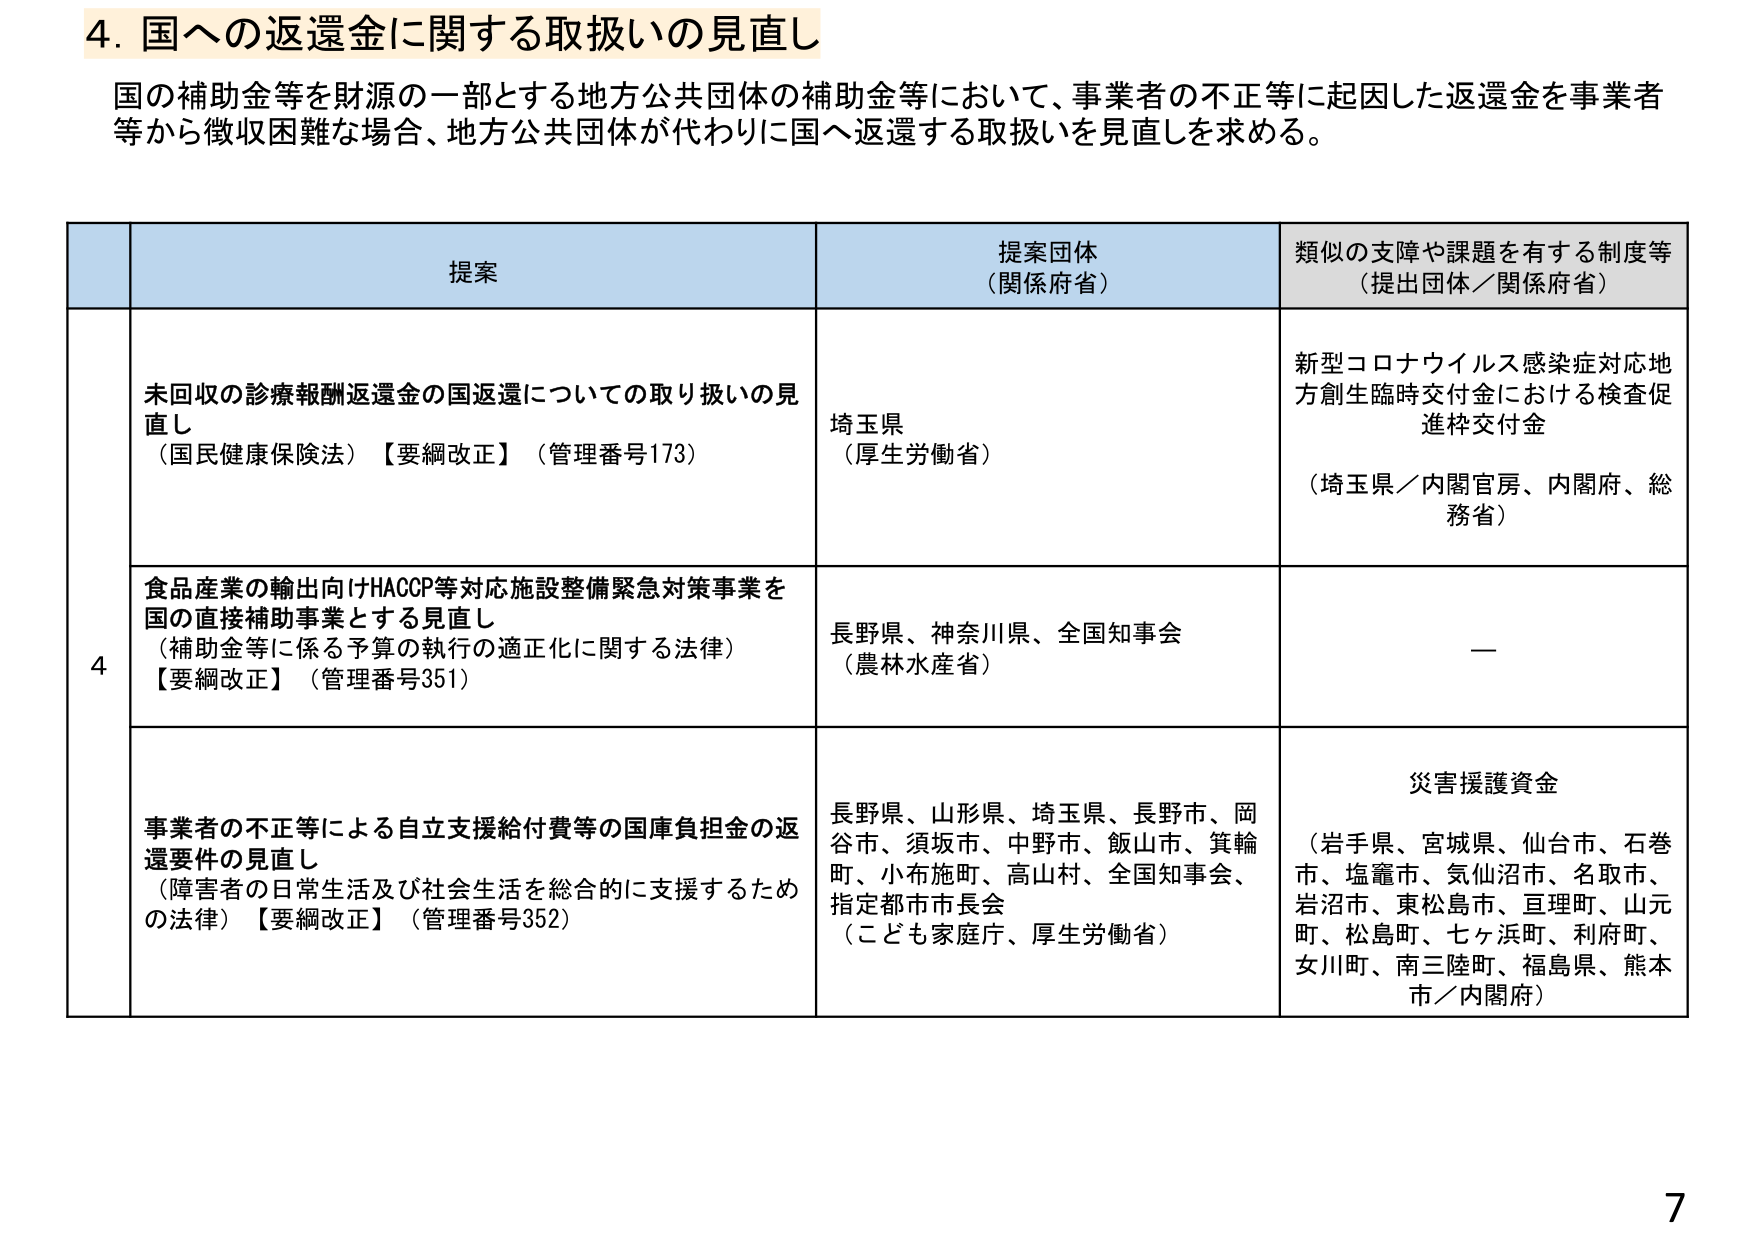
4. 国への返還金に関する取扱いの見直し
国の補助金等を財源の一部とする地方公共団体の補助金等において、事業者の不正等に起因した返還金を事業者等から徴収困難な場合、地方公共団体が代わりに国へ返還する取扱いを見直しを求める。

提案
提案団体（関係府省）
類似の支障や課題を有する制度等（提出団体／関係府省）

4
未回収の診療報酬返還金の国返還についての取り扱いの見直し
（国民健康保険法）【要綱改正】（管理番号173）
埼玉県
（厚生労働省）
新型コロナウイルス感染症対応地方創生臨時交付金における検査促進枠交付金
（埼玉県／内閣官房、内閣府、総務省）

食品産業の輸出向けHACCP等対応施設整備緊急対策事業を国の直接補助事業とする見直し
（補助金等に係る予算の執行の適正化に関する法律）【要綱改正】（管理番号351）
長野県、神奈川県、全国知事会
（農林水産省）
—

事業者の不正等による自立支援給付費等の国庫負担金の返還要件の見直し
（障害者の日常生活及び社会生活を総合的に支援するための法律）【要綱改正】（管理番号352）
長野県、山形県、埼玉県、長野市、岡谷市、須坂市、中野市、飯山市、箕輪町、小布施町、高山村、全国知事会、指定都市市長会
（こども家庭庁、厚生労働省）
災害援護資金
（岩手県、宮城県、仙台市、石巻市、塩竈市、気仙沼市、名取市、岩沼市、東松島市、亘理町、山元町、松島町、七ヶ浜町、利府町、女川町、南三陸町、福島県、熊本市／内閣府）

7